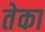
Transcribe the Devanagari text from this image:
तेका